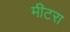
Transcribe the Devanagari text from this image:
मीटरा